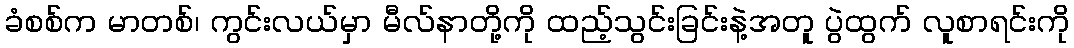
ခံစစ်က မာတစ်၊ ကွင်းလယ်မှာ မီလ်နာတို့ကို ထည့်သွင်းခြင်းနဲ့အတူ ပွဲထွက် လူစာရင်းကို